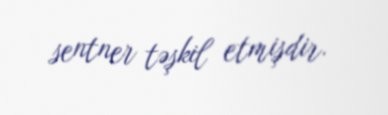
sentner təşkil etmişdir.